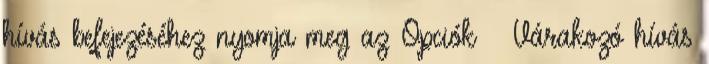
hívás befejezéséhez nyomja meg az Opciók → Várakozó hívás